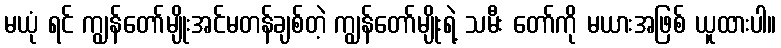
မယုံ ရင် ကျွန်တော်မျိုးအင်မတန်ချစ်တဲ့ ကျွန်တော်မျိုးရဲ့ သမီး တော်ကို မယားအဖြစ် ယူထားပါ။